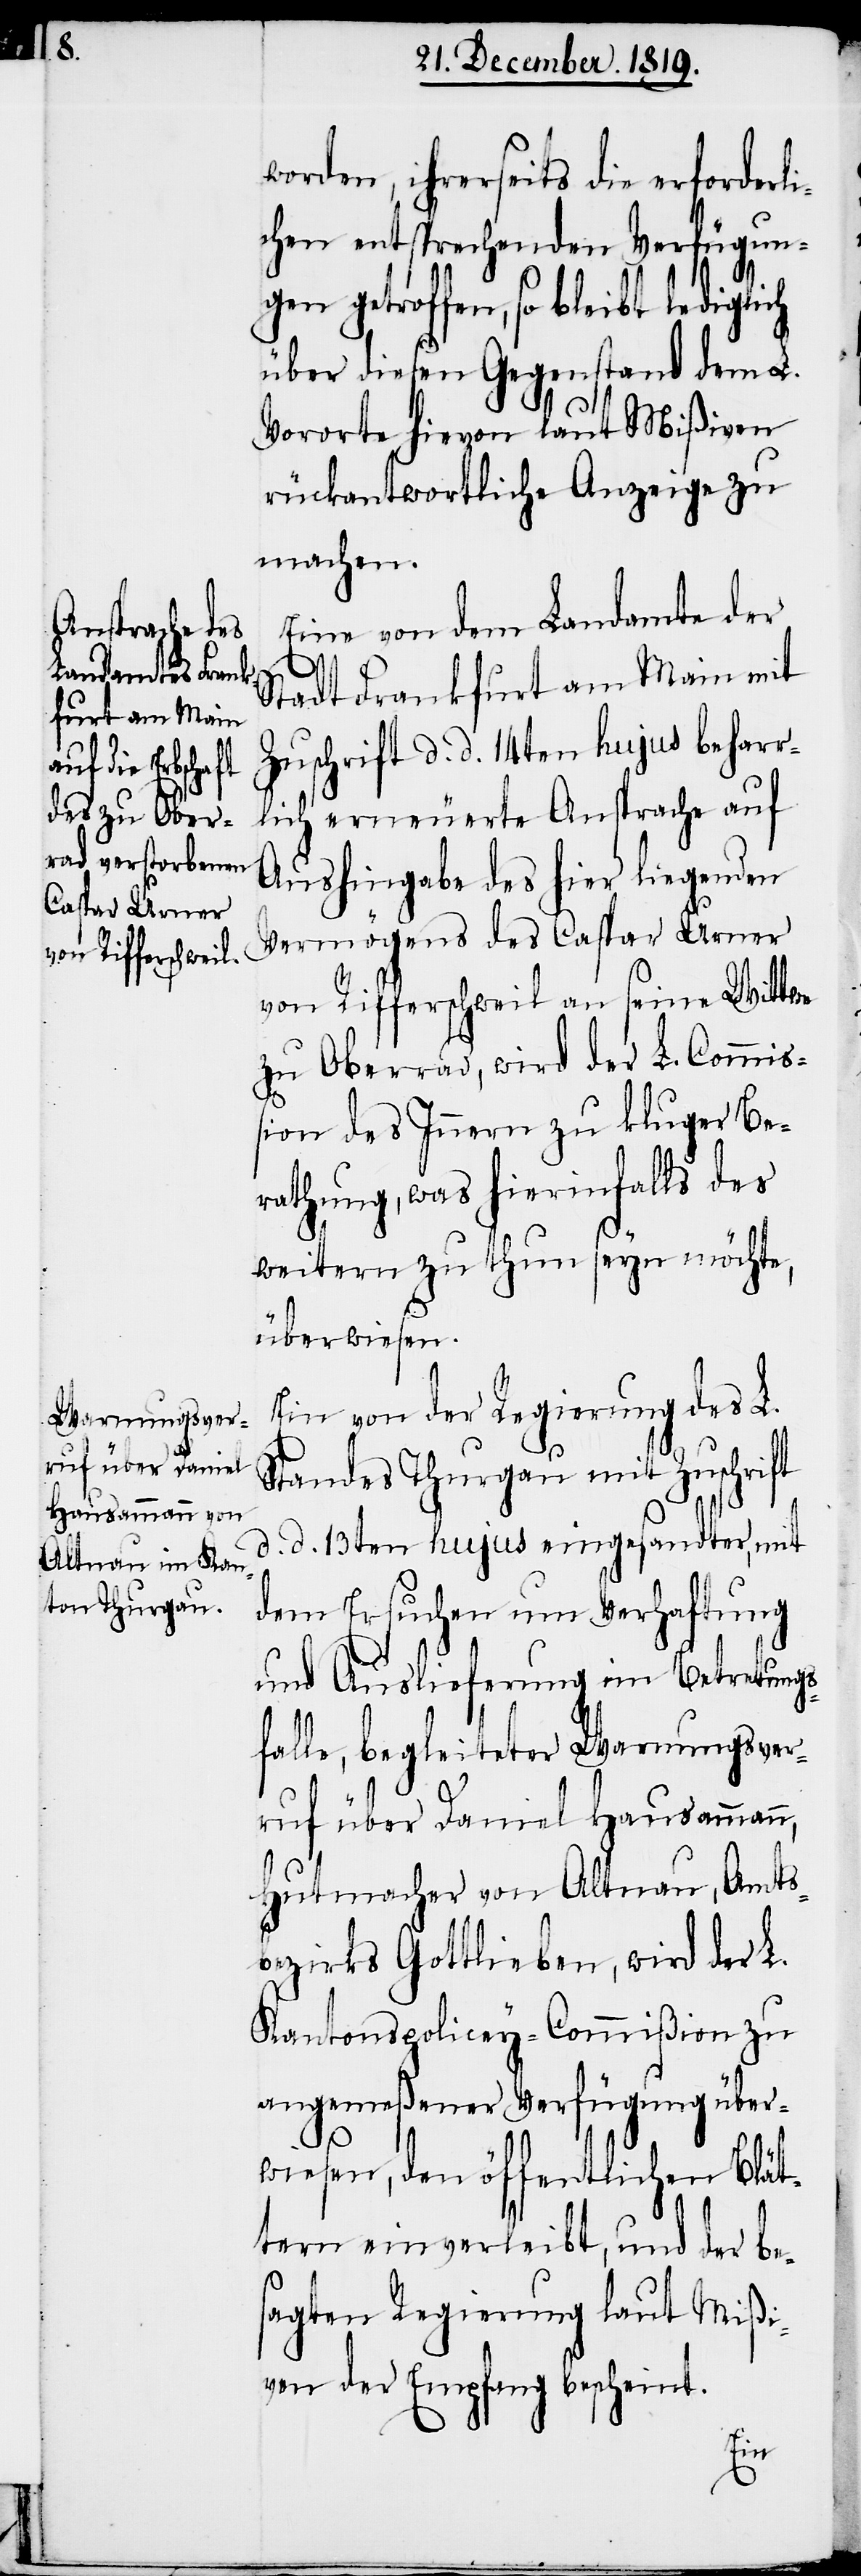
worden, ihrerseits die erforderli¬
chen entsprechenden Verfügungen
getroffen, so bleibt lediglich
über diesen Gegenstand dem L.
Vororte hievon laut Mißiven
rückantwortliche Anzeige zu
machen.
Eine von dem Landamte der
Stadt Frankfurt am Main mit
Zuschrift d. d. 14ten hujus beharr¬
lich erneuerte Ansprache auf
Aushingabe des hier liegenden
Vermögens des Caspar Urner
von Rifferschweil an seine Wittwe
zu Oberrad, wird der L. Commiß¬
ion des Innern zu kluger Be¬
rathung, was hierinfalls des
weitern zu thun seyn möchte,
überwiesen.
Ein von der Regierung des L.
Standes Thurgau mit Zuschrift
d. d. 13ten hujus eingesandter, mit
dem Ersuchen um Verhaftung
und Auslieferung im Betretungs¬
falle, begleiteter Warnungsver¬
ruf über Daniel Hausamman¬
Hutmacher von Altnau, Amts¬
bezirks Gottlieben, wird der L.
Kantonspolicey-Commißion zu
angemeßener Verfügung über¬
wiesen, den öffentlichen Blät¬
tern einverleibt, und der be¬
sagten Regierung laut Mißi¬
ven der Empfang bescheint.
n,